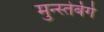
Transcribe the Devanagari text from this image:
मुन्स्तेर्बेर्ग